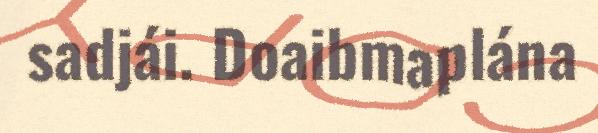
sadjái. Doaibmaplána